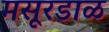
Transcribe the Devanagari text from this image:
मसूरडाळ